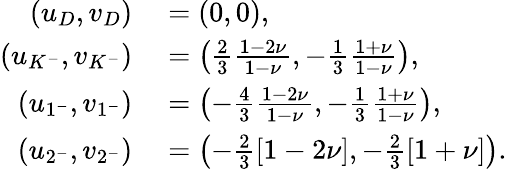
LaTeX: \begin{array}{rl}{(u_{D},v_{D})}&{{}=(0,0),}\\ {(u_{K^{-}},v_{K^{-}})}&{{}=\left(\frac{2}{3}\frac{1-2\nu}{1-\nu},-\frac{1}{3}\frac{1+\nu}{1-\nu}\right),}\\ {(u_{1^{-}},v_{1^{-}})}&{{}=\left(-\frac{4}{3}\frac{1-2\nu}{1-\nu},-\frac{1}{3}\frac{1+\nu}{1-\nu}\right),}\\ {(u_{2^{-}},v_{2^{-}})}&{{}=\left(-\frac{2}{3}\left[1-2\nu\right],-\frac{2}{3}\left[1+\nu\right]\right).}\end{array}